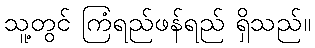
သူ့တွင် ကြံရည်ဖန်ရည် ရှိသည်။